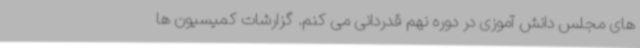
های مجلس دانش آموزی در دوره نهم قدردانی می کنم. گزارشات کمیسیون ها